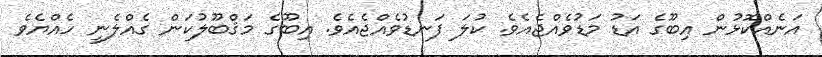
އަނެއްކޮޅުން އިބޫގެ އަޑު މަޑުވެއްޖެއެވެ. ކުލަ ފަނޑުވެއްޖެއެވެ. އިބޫގެ މަޤްބޫލުކަން ގެއްލެނީ ހެއްޔެވެ